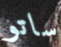
ساتو